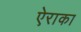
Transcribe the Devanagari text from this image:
ऐराका